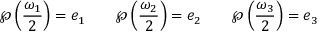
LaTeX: \wp \left( { \frac { \omega _ { 1 } } { 2 } } \right) = e _ { 1 } \qquad \wp \left( { \frac { \omega _ { 2 } } { 2 } } \right) = e _ { 2 } \qquad \wp \left( { \frac { \omega _ { 3 } } { 2 } } \right) = e _ { 3 }